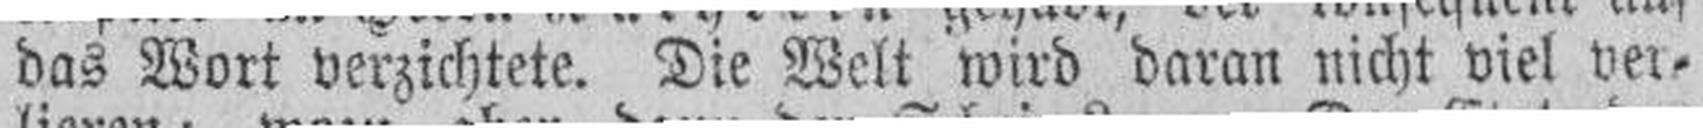
das Wort verzichtete. Die Welt wird daran nicht viel ver¬